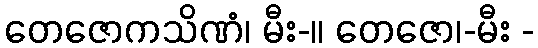
တေဇောကသိဏံ၊ မီး-။ တေဇော၊-မီး -